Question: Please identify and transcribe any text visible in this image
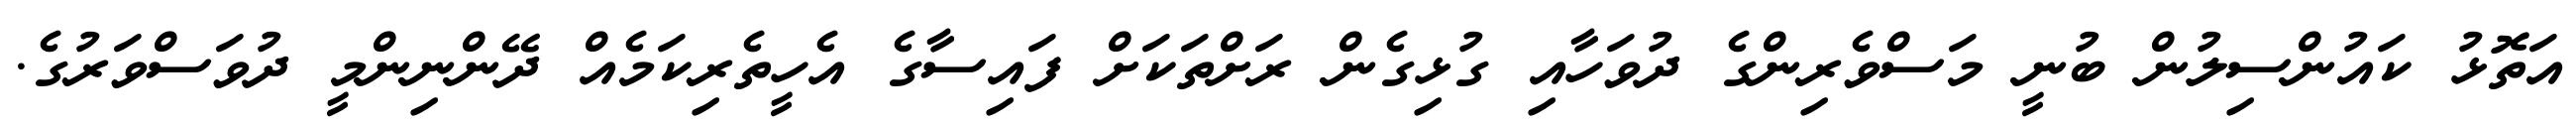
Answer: އަތޮޅު ކައުންސިލުން ބުނީ މަސްވެރިންގެ ދުވަހާއި ގުޅިގެން ރަށްތަކަށް ފައިސާގެ އެހީތެރިކަމެއް ދޭންނިންމީ ދުވަސްވަރުގެ.